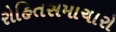
રોહિતસમાચારો